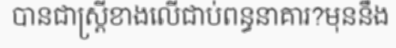
បានជាស្ត្រីខាងលើជាប់ពន្ធនាគារ?មុននឹង